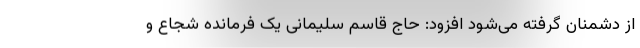
از دشمنان گرفته می‌شود افزود: حاج قاسم سلیمانی یک فرمانده شجاع و